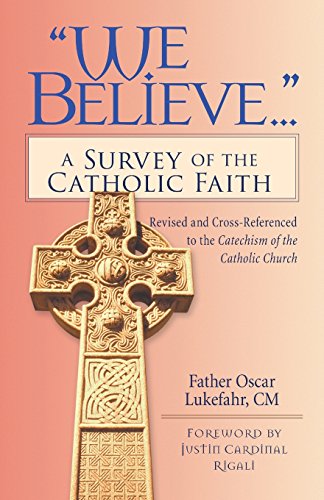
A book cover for "We Believe...": A Survey of the Catholic Faith; Oscar Lukefahr; Christian Books & Bibles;